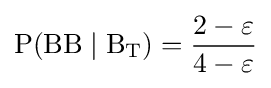
\mathrm {P(BB\mid B_{T})} ={\frac {2-\varepsilon }{4-\varepsilon }}